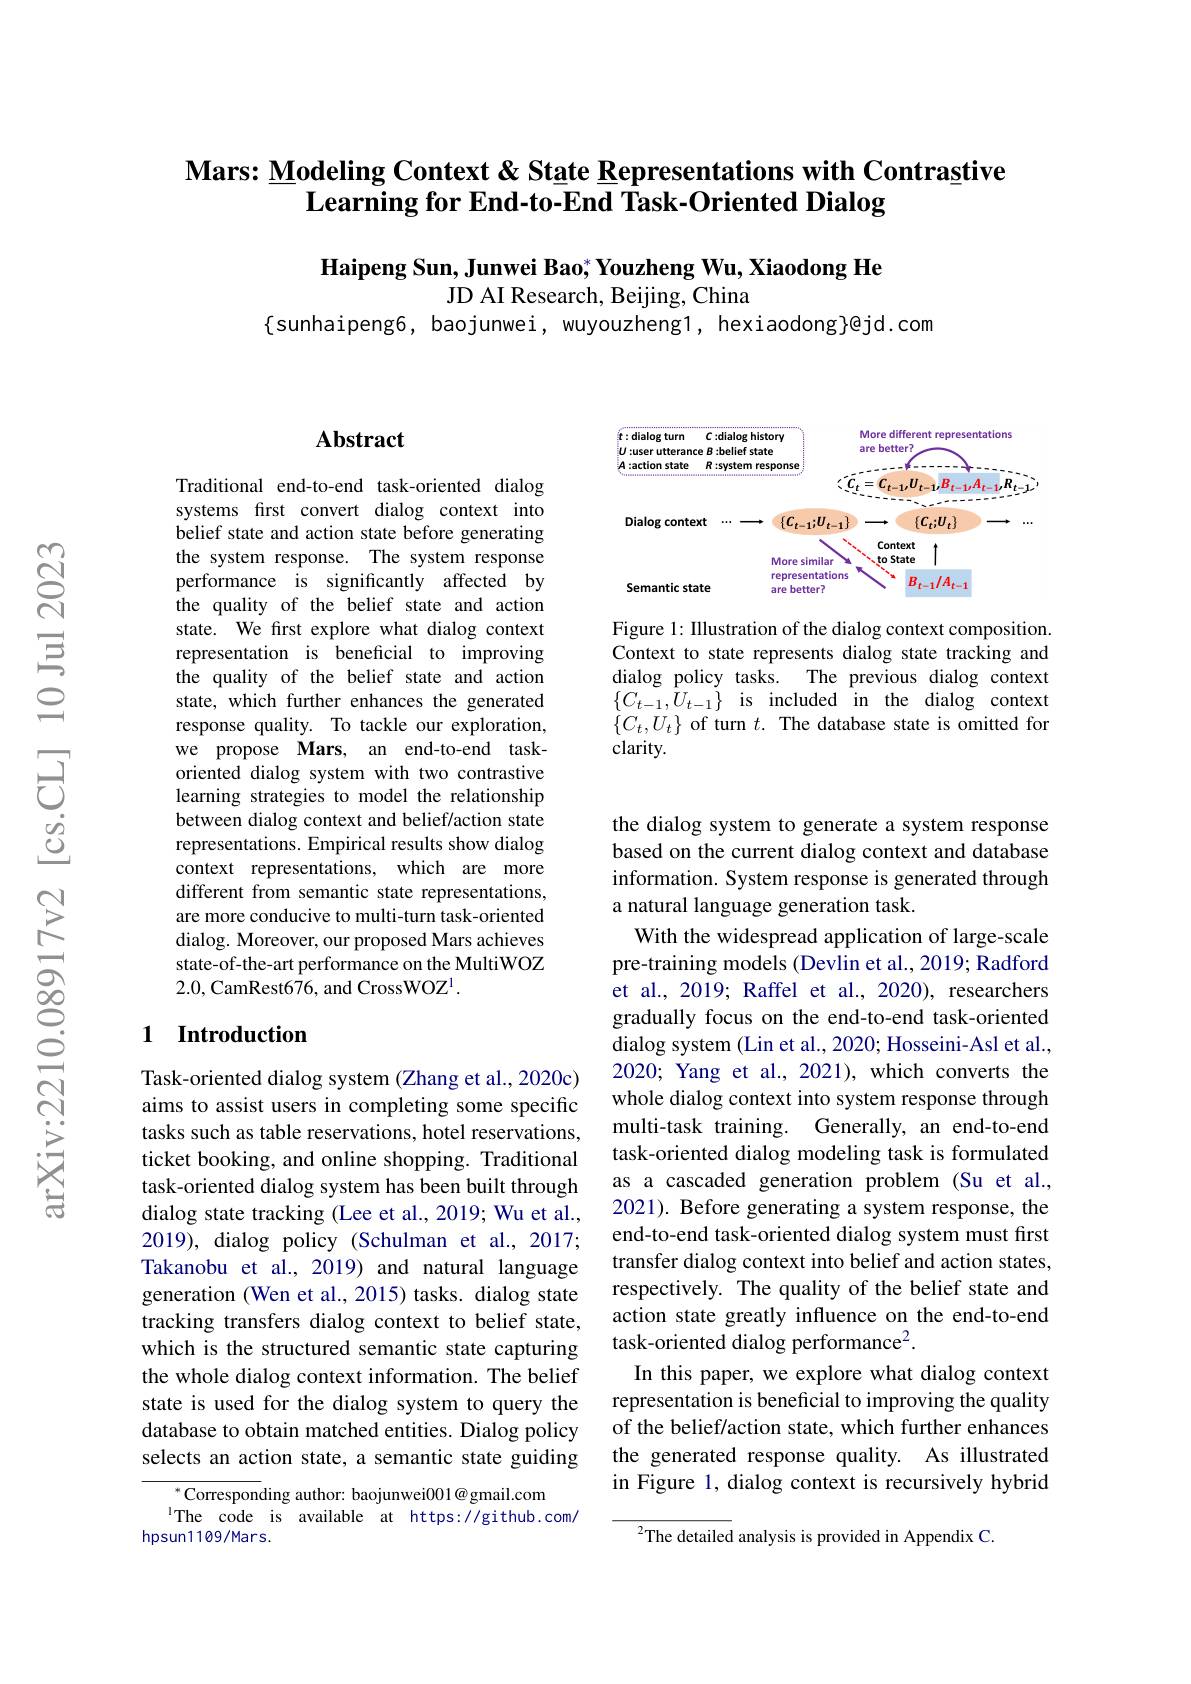
## Mars: Modeling Context & State Representations with Contrastive $\textbf{Learning for End- to- End Task- Oriented Dialog}$

$\textbf{Haipeng Sun, Junwei Bao; Youzheng Wu, Xiaodong He}$

JD AI Research, Beijing, China

$\{$sunhaipeng6, baojunwei, wuyouzheng1, hexiaodong}@jd.com

## $\mathbf{Abstract}$

Traditional end-to-end task-oriented dialog systems frst convert dialog context into belief state and action state before generating the system response. The system response performance is significantly affected by the quality of the belief state and action state. We first explore what dialog context representation is beneficial to improving the quality of the belief state and action state, which further enhances the generated response quality. To tackle our exploration, we propose Mars, an end-to-end taskoriented dialog system with two contrastive learning strategies to model the relationship between dialog context and belief/action state representations. Empirical results show dialog context representations, which are more different from semantic state representations, are more conducive to multi-turn task-oriented dialog. Moreover, our proposed Mars achieves state-of-the-art performance on the MultiWOZ 2.0,CamRest676, and CrossWOZ$^1.$

## 1 Introduction

Task-oriented dialog system (Zhang et al., 2020c) aims to assist users in completing some specific tasks such as table reservations, hotel reservations, ticket booking, and online shopping. Traditional task-oriented dialog system has been built through dialog state tracking (Lee et al., 2019; Wu et al., 2019), dialog policy (Schulman et al., 2017; Takanobu et al.,2019) and natural language generation (Wen et al., 2015) tasks. dialog state tracking transfers dialog context to belief state, which is the structured semantic state capturing the whole dialog context information. The belief state is used for the dialog system to query the database to obtain matched entities. Dialog policy selects an action state, a semantic state guiding

$^*$Corresponding author: baojunwei001@gmail.com
The code is available at https://github.com/
hpsun1109/Mars.

<FigureHere>

Figure 1: Illustration of the dialog context composition. Context to state represents dialog state tracking and dialog policy tasks. The previous dialog context $\{ C_{t- 1}, U_{t- 1}\}$ is included in the dialog context $\{C_t,U_t\}$ of turn $t.$ The database state is omitted for clarity.

the dialog system to generate a system response based on the current dialog context and database information. System response is generated through a natural language generation task.
With the widespread application of large-scale pre-training models (Devlin et al., 2019; Radford et al., 2019; Raffel et al., 2020), researchers gradually focus on the end-to-end task-oriented dialog system (Lin et al., 2020; Hosseini-Asl et al., 2020; Yang et al., 2021), which converts the whole dialog context into system response through multi-task training. Generally, an end-to-end task-oriented dialog modeling task is formulated as a cascaded generation problem (Su et al., 2021). Before generating a system response, the end-to-end task-oriented dialog system must first transfer dialog context into belief and action states, respectively. The quality of the belief state and action state greatly influence on the end-to-end task-oriented dialog performance$^2.$
In this paper, we explore what dialog context representation is beneficial to improving the quality of the belief/action state, which further enhances the generated response quality. As illustrated in Figure 1, dialog context is recursively hybrid
$^{2}$The detailed analysis is provided in Appendix C.